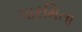
પારમિતા